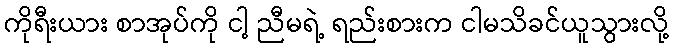
ကိုရီးယား စာအုပ်ကို ငါ့ ညီမရဲ့ ရည်းစားက ငါမသိခင်ယူသွားလို့